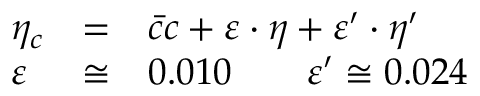
\begin{array} { l l l } { { \eta _ { c } } } & { { = } } & { { \bar { c } c + \varepsilon \cdot \eta + \varepsilon ^ { \prime } \cdot \eta ^ { \prime } } } \\ { { \varepsilon } } & { { \cong } } & { { 0 . 0 1 0 \qquad \varepsilon ^ { \prime } \cong 0 . 0 2 4 } } \end{array}